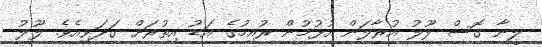
ލީނާ ގޮސް ލޫލު އުރާލަން އުޅުމުން ރުއިމުގެ އަޑު އިތުރަށް ގަދަވިއެވެ. ލޫލު